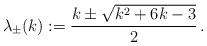
LaTeX: \begin{align*}\lambda_{\pm}(k):=\frac{k \pm \sqrt{k^2+6k-3}}{2}\,.\end{align*}